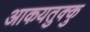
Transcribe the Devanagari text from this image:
आकयतुक्कु